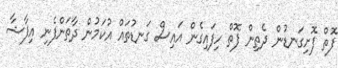
ފޮތް ފޮށިގަނޑުން ދެތިން ފޮތް ހިފައިގެން އައިސް ގަނޑުތައް އުކަމުން ދާތަންފެނި އިފާޝާ